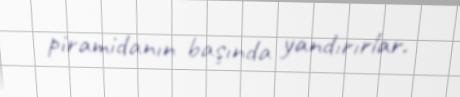
piramidanın başında yandırırlar.